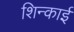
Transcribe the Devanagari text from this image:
शिन्काई